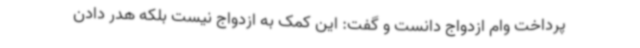
پرداخت وام ازدواج دانست و گفت: این کمک به ازدواج نیست بلکه هدر دادن